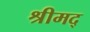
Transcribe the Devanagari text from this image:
श्रीमद्‌